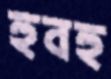
হুবহু